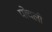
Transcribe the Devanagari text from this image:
पोचलो